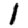
Digit: 1